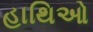
હાથિઓ